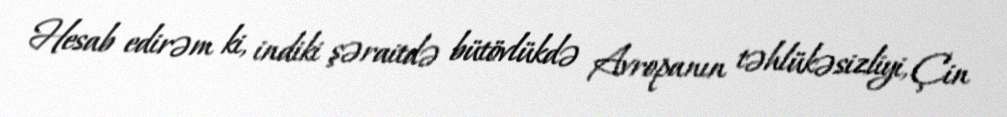
Hesab edirəm ki, indiki şəraitdə bütövlükdə Avropanın təhlükəsizliyi, Çin